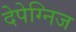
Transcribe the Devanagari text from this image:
देपेग्निज